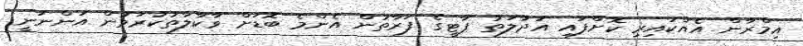
އިމްރާން އެއްކައިރި ކޮށްފައި އަދާލަތު ޕާޓީގެ ފަރާތުން އެންމެ ބޮޑަށް ވާކާލާތުކުރަމުން އަންނަނީ